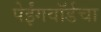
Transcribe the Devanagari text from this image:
पेईंगवॉर्डचा